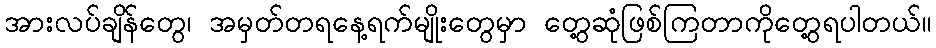
အားလပ်ချိန်တွေ၊ အမှတ်တရနေ့ရက်မျိုးတွေမှာ တွေ့ဆုံဖြစ်ကြတာကိုတွေ့ရပါတယ်။